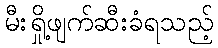
မီးရှို့ဖျက်ဆီးခံရသည့်